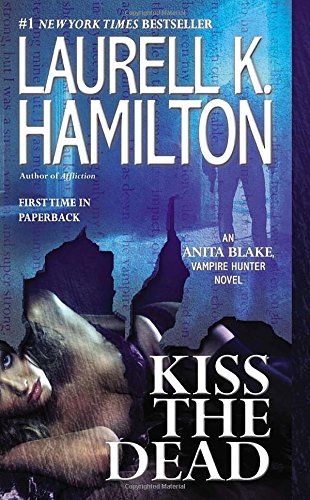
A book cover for Kiss the Dead: An Anita Blake, Vampire Hunter Novel; Laurell K. Hamilton; Mystery, Thriller & Suspense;